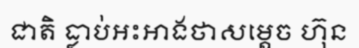
ជាតិ ធ្លាប់អះអាងថាសម្តេច ហ៊ុន